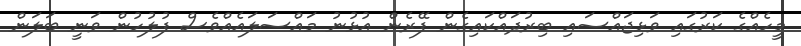
މީހެއްގެ ކަރުގައި ވަޅިޖައްސައި ބިރުދައްކައިގެން ފޭރެން އުޅުނު މައްސަލައެއްވެސް ފުލުހުން ވަނީ ބަލަން